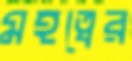
মহত্বের